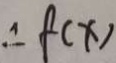
\therefore f ( x )